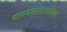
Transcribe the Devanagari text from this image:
मानवतावादाच्या